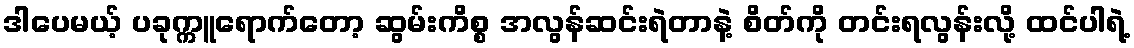
ဒါပေမယ့် ပခုက္ကူရောက်တော့ ဆွမ်းကိစ္စ အလွန်ဆင်းရဲတာနဲ့ စိတ်ကို တင်းရလွန်းလို့ ထင်ပါရဲ့